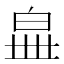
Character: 𤽧